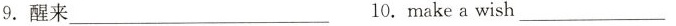
9.醒来___ 10.make a wish___